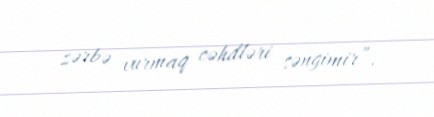
zərbə vurmaq cəhdləri səngimir”.